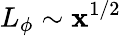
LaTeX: L_{\phi}\sim\mathbf{x}^{1/2}